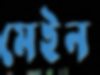
মেইন